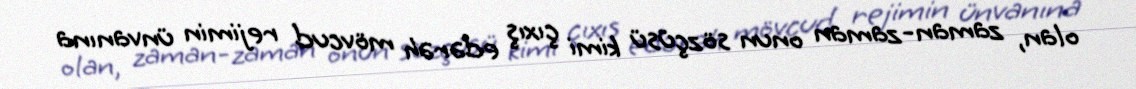
olan, zaman-zaman onun sözçüsü kimi çıxış edərəh mövcud rejimin ünvanına